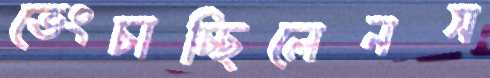
ভেংচাচ্ছিলেনস